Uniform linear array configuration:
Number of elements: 48
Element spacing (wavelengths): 0.5
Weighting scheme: hamming
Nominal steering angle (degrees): -30
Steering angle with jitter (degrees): -31.919
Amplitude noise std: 0.05
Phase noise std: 0.05

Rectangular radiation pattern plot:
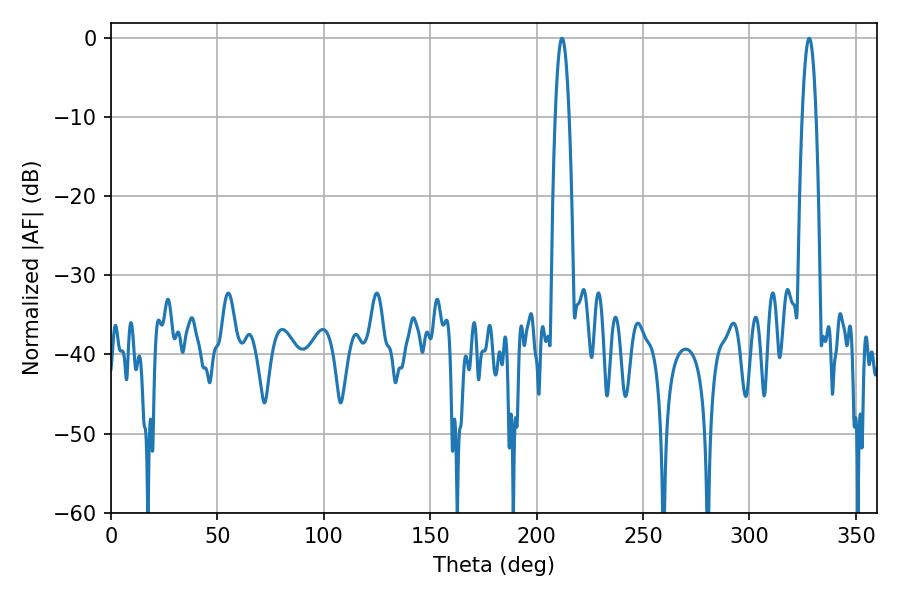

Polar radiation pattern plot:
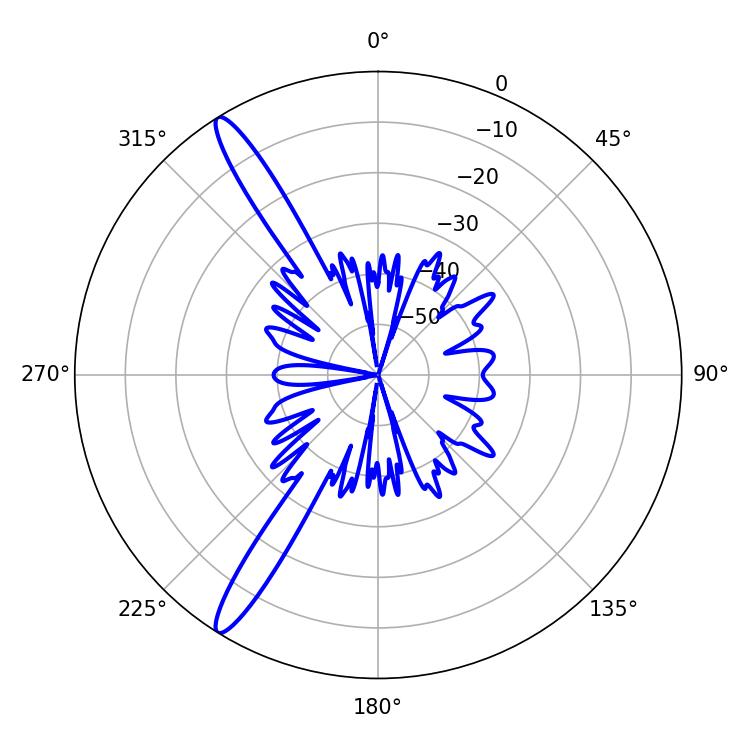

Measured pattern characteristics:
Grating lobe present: FALSE
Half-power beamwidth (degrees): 3.42
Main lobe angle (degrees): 328.14